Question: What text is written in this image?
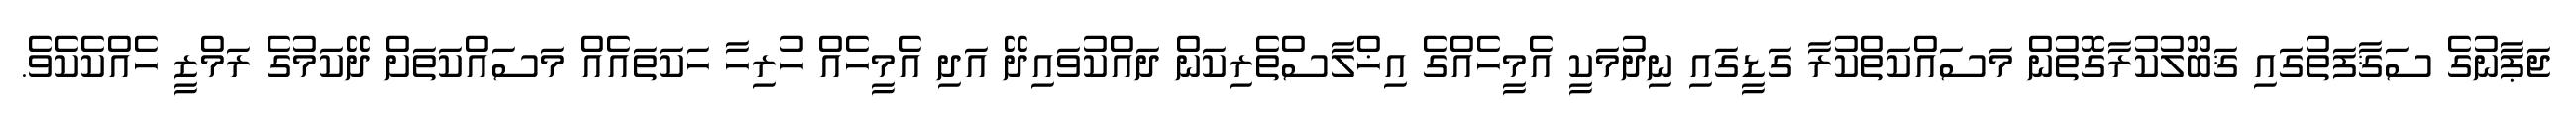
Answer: ޖަޕާނުގެ ސަޤާފަތުގައި ޤަބޫލުކުރާގޮތުން މަސައްކަތްކުރާ ގަޑީގައި ނިދުމަކީ އެމީހެއްގެ އިޚްލާސްތެރިކަން ދައްކުވައިދޭ އަދި އެމީހެއް ހުރިހާ ހަކަތައެއް މަސައްކަތަށް ދޭކަމުގެ ރަމްޒީ ހެއްކެކެވެ.